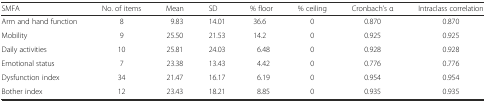
| SMFA | No. of items | Mean | SD | % floor | % ceiling | Cronbach’s α | Intraclass correlation |
 | --- | --- | --- | --- | --- | --- | --- | --- |
 | Arm and hand function | 8 | 9.83 | 14.01 | 36.6 | 0 | 0.870 | 0.870 |
 | Mobility | 9 | 25.50 | 21.53 | 14.2 | 0 | 0.925 | 0.925 |
 | Daily activities | 10 | 25.81 | 24.03 | 6.48 | 0 | 0.928 | 0.928 |
 | Emotional status | 7 | 23.38 | 13.43 | 4.42 | 0 | 0.776 | 0.776 |
 | Dysfunction index | 34 | 21.47 | 16.17 | 6.19 | 0 | 0.954 | 0.954 |
 | Bother index | 12 | 23.43 | 18.21 | 8.85 | 0 | 0.935 | 0.935 |